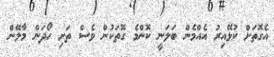
އެގޮތަށް ކުޅޭއިރު އެއްމެން ބަލަނީ ކޮންމެ ގޮތަކުން ވެސް ތަށި ހޯދަން މާލޭން